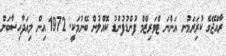
ރާއްޖޭގެ ކުރިަރަމުނ އަންނަ ޓްވަރިޒްމް ފުންޑުފުންޑު ކޮއްލުން ބޭނުމަކީ. 1972 އިން މިއަދާހިސާބަށް